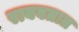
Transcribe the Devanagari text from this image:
राबवतात